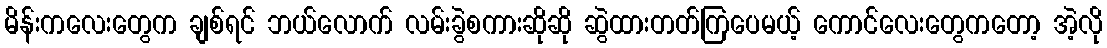
မိန်းကလေးတွေက ချစ်ရင် ဘယ်လောက် လမ်းခွဲစကားဆိုဆို ဆွဲထားတတ်ကြပေမယ့် ကောင်လေးတွေကတော့ အဲ့လို